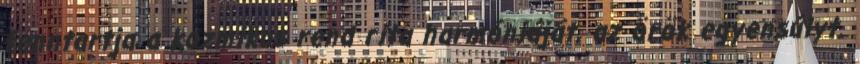
fenntartja a kozmikus rend rita harmóniáját, az örök egyensúlyt.